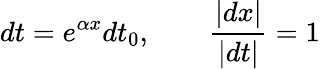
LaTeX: dt=e^{\alpha x}dt_{0},\qquad{\frac{|dx|}{|dt|}}=1